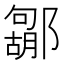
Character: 𮠐